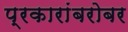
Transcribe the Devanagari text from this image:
प्रकारांबरोबर